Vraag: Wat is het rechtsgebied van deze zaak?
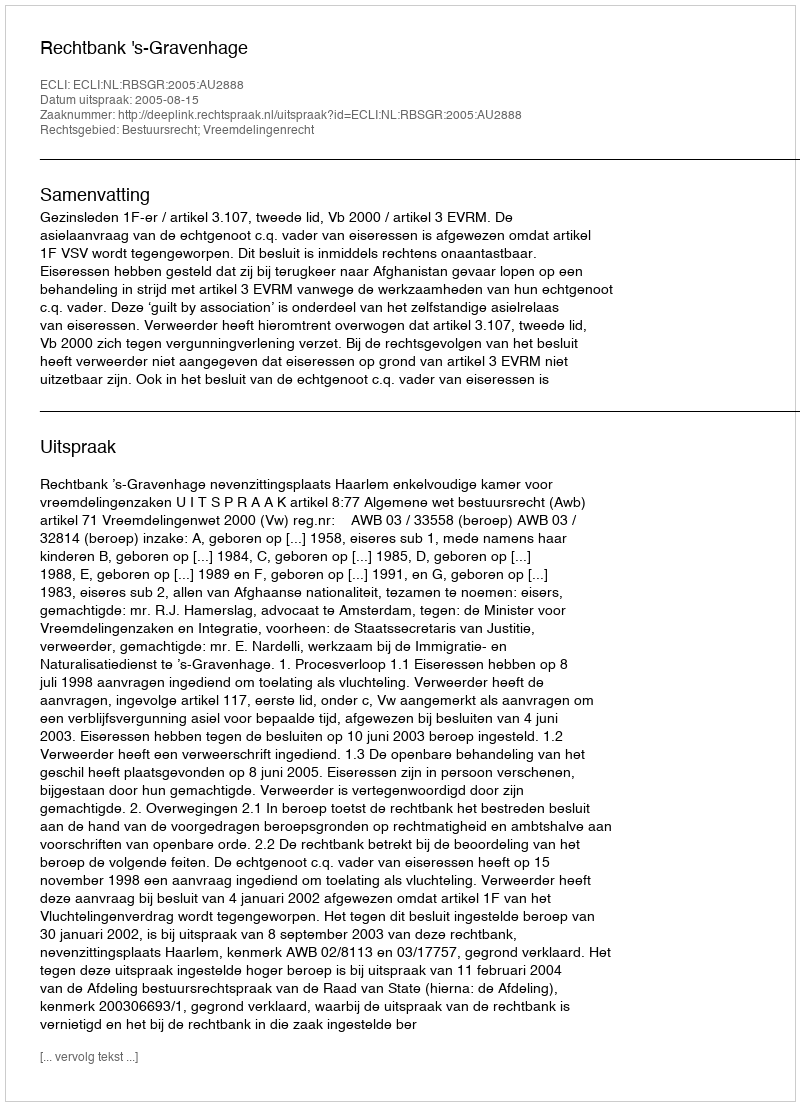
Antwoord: Bestuursrecht; Vreemdelingenrecht